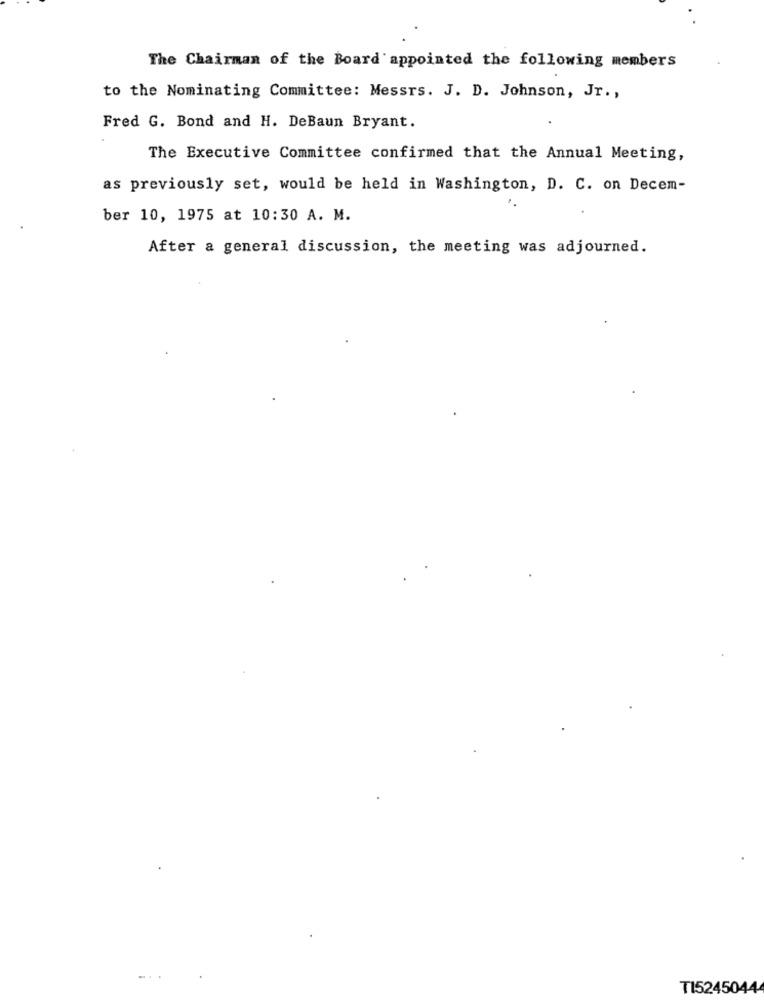
The Chairman of the Board appointed the following members
to the Nominating Committee: Messrs. J. D. Johnson, Jr .,
Fred G. Bond and H. DeBaun Bryant.
The Executive Committee confirmed that the Annual Meeting,
as previously set, would be held in Washington, D. C. on Decem-
ber 10, 1975 at 10:30 A. M.
After a general discussion, the meeting was adjourned.
TI52450444